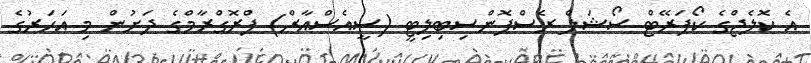
އެ ކޮލެޖްގެ ކޯޕަރޭޓް ސޯޝަލް ރެސްޕޮންސިބިލިޓީ (ސީއެސްއާރް) ޕްރޮގްރާމްގެ ދަށުން މި އަހަރުގެ